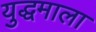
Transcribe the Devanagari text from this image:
युद्धमाला